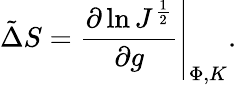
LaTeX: \tilde{\Delta}S=\left.{\frac{\partial\ln J^{\frac{1}{2}}}{\partial g}}\right|_{\Phi,K}.